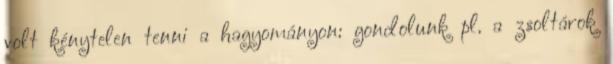
volt kénytelen tenni a hagyományon: gondolunk pl. a zsoltárok